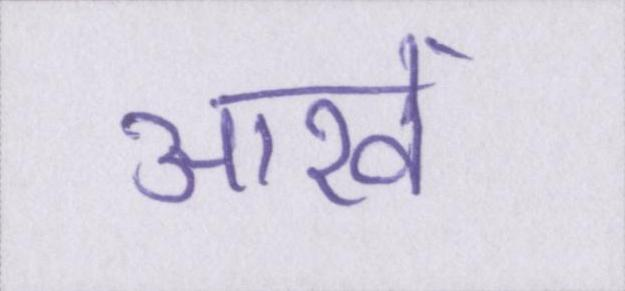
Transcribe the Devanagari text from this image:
आखें